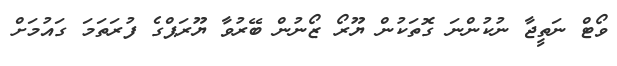
ވޯޓް ނަތީޖާ ނުކުންނަ ގޮތަކުން ޔޫރޯ ޒޯނުން ބޭރުވާ ޔޫރަޕްގެ ފުރަތަމަ ގައުމަށް